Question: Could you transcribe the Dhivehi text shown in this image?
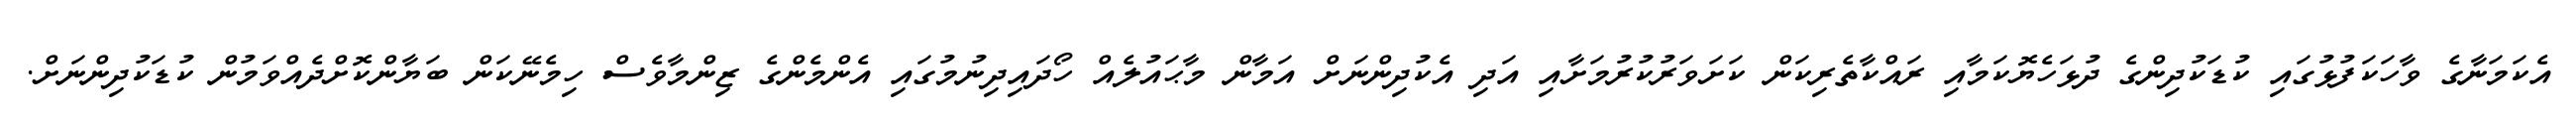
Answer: އެކަމަނާގެ ވާހަކަފުޅުގައި ކުޑަކުދިންގެ ދުޅަހެޔޮކަމާއި ރައްކާތެރިކަން ކަށަވަރުކުރުމަށާއި އަދި އެކުދިންނަށް އަމާން މާޙައުލެއް ހޯދައިދިނުމުގައި އެންމެންގެ ޒިންމާވެސް ހިމެނޭކަން ބަޔާންކޮށްދެއްވަމުން ކުޑަކުދިންނަށް.